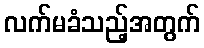
လက်မခံသည့်အတွက်